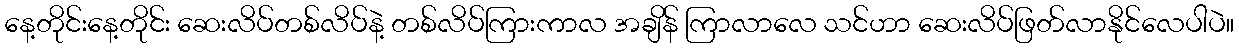
နေ့တိုင်းနေ့တိုင်း ဆေးလိပ်တစ်လိပ်နဲ့ တစ်လိပ်ကြားကာလ အချိန် ကြာလာလေ သင်ဟာ ဆေးလိပ်ဖြတ်လာနိုင်လေပါပဲ။